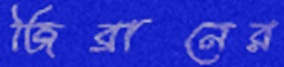
জিব্রানের